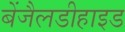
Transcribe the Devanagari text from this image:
बेंजैलडीहाइड